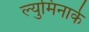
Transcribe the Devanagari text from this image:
ल्युमिनार्क